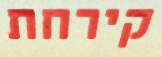
קירחת